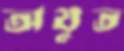
অযুত